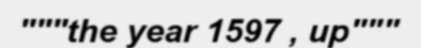
"""the year 1597 , up"""